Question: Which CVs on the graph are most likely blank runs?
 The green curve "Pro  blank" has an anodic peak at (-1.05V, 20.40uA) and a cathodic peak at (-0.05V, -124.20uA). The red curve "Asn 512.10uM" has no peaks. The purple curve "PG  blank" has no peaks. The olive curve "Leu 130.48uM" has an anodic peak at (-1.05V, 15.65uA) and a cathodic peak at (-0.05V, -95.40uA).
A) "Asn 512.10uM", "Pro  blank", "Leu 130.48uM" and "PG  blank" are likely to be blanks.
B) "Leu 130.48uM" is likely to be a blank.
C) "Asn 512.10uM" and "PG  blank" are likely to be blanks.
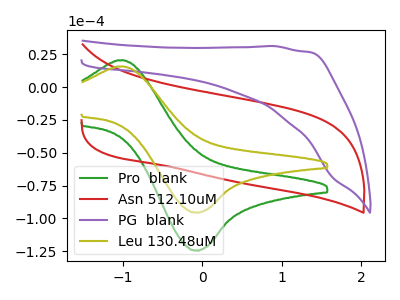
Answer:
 <answer>C) "Asn 512.10uM" and "PG  blank" are likely to be blanks.</answer>
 <eval>C</eval>